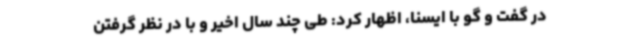
در گفت و گو با ایسنا، اظهار کرد: طی چند سال اخیر و با در نظر گرفتن